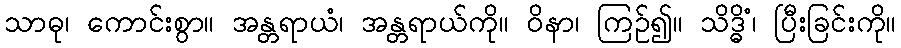
သာဓု၊ ကောင်းစွာ။ အန္တရာယံ၊ အန္တရာယ်ကို။ ဝိနာ၊ ကြဉ်၍။ သိဒ္ဓိံ၊ ပြီးခြင်းကို။